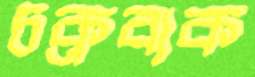
চক্রবাক